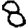
Digit: 8